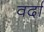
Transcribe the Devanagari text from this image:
वर्दा